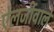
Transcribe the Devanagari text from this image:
ऐलर्जीवाले